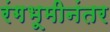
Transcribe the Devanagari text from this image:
रंगभूमीनंतर